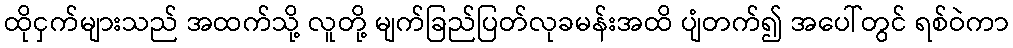
ထိုငှက်များသည် အထက်သို့ လူတို့ မျက်ခြည်ပြတ်လုခမန်းအထိ ပျံတက်၍ အပေါ်တွင် ရစ်ဝဲကာ